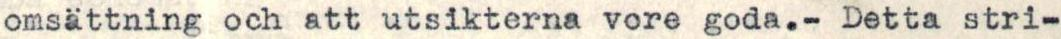
omsättning och att utsikterna vore goda.- Detta stri-